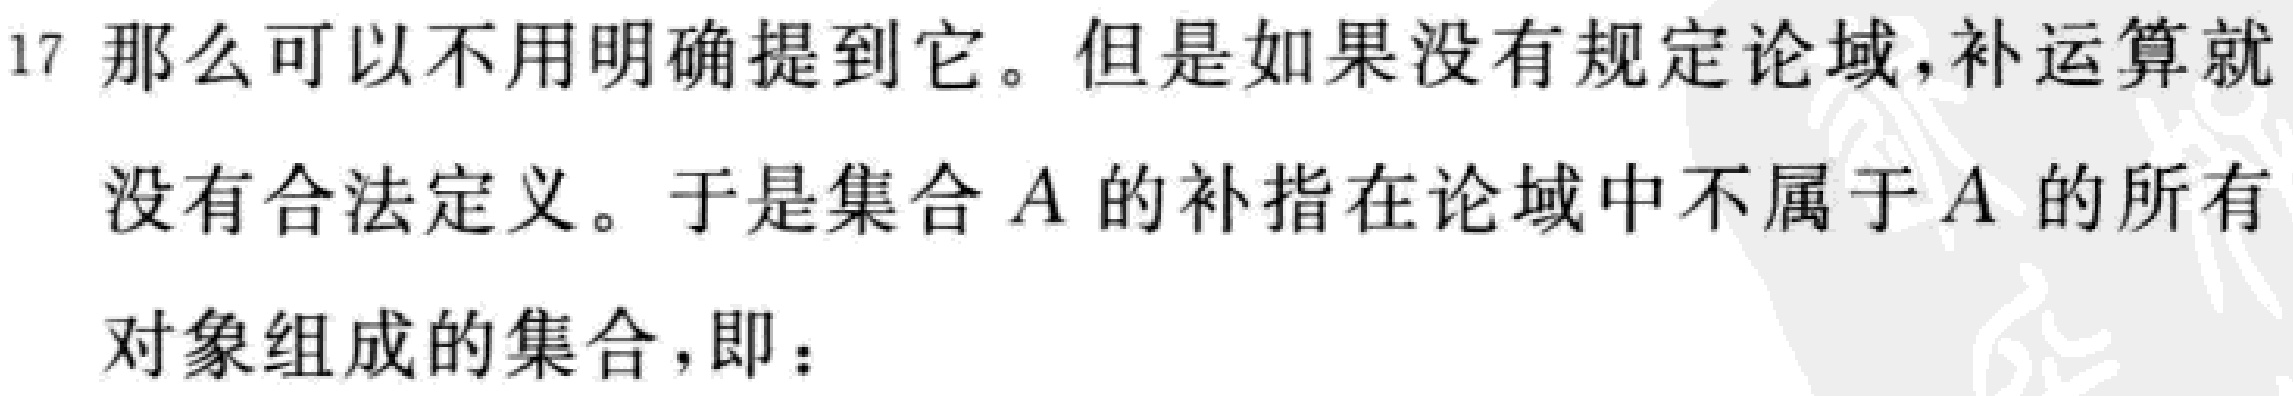
17 那么可以不用明确提到它。但是如果没有规定论域,补运算就

没有合法定义。于是集合 \(A\) 的补指在论域中不属于 \(A\) 的所有

对象组成的集合，即：